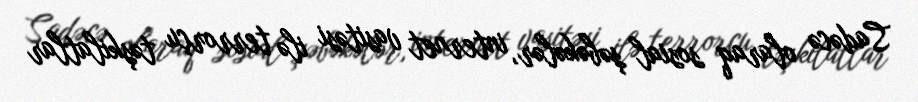
Sadəcə olaraq sosial şəbəkələr, internet vasitəsi ilə terrorçu təşkilatlar